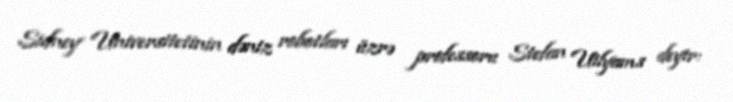
Sidney Universitetinin dəniz robotları üzrə professoru Stefan Uilyams deyir: